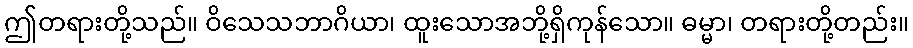
ဤတရားတို့သည်။ ဝိသေသဘာဂိယာ၊ ထူးသောအဘို့ရှိကုန်သော။ ဓမ္မာ၊ တရားတို့တည်း။